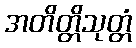
အတိတ္တိသုတ္တံ